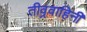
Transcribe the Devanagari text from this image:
तीव्रवाहिनी